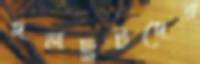
দলছুটদের